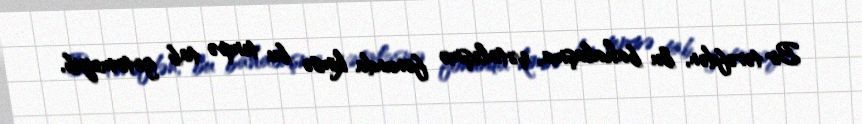
Bir tərəfdən, bu bahalaşma, çətinləşmə fonunda kimsə bu tempə tab gətirməyib,